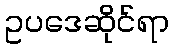
ဥပဒေဆိုင်ရာ